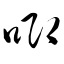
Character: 唧